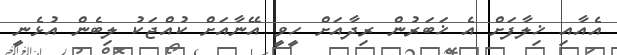
އެއާއި ޚިލާފަށް އެ ޚަބަރުން ރިދާއަށް ހީވީ އޭނާއަށް ކުއްޖަކު ލިބެން އުޅެނީ